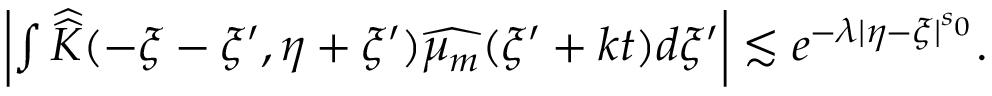
\begin{array} { r } { \left| \int \widehat { \widehat { K } } ( - \xi - \xi ^ { \prime } , \eta + \xi ^ { \prime } ) \widehat { \mu _ { m } } ( \xi ^ { \prime } + k t ) d \xi ^ { \prime } \right| \lesssim e ^ { - \lambda | \eta - \xi | ^ { s _ { 0 } } } . } \end{array}